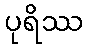
ပုရိဿ